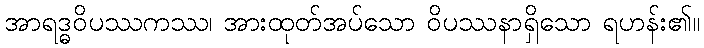
အာရဒ္ဓဝိပဿကဿ၊ အားထုတ်အပ်သော ဝိပဿနာရှိသော ရဟန်း၏။